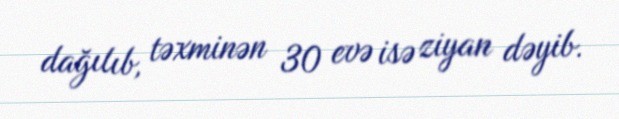
dağılıb, təxminən 30 evə isə ziyan dəyib.